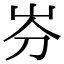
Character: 𡵳